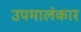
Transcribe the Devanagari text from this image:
उपमालंकार